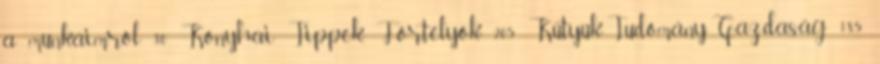
a munkáimról 30 Konyhai Tippek, Fortélyok 205 Kütyük-Tudomány-Gazdaság 185